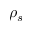
\rho _ { s }